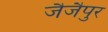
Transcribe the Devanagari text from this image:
जैजैपुर